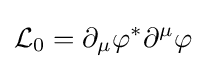
{\mathcal {L}}_{0}=\partial _{\mu }\varphi ^{*}\partial ^{\mu }\varphi